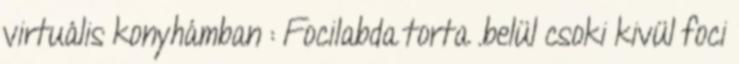
virtuális konyhámban : Focilabda torta .belül csoki kivül foci